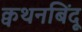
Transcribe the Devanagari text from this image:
क्वथनबिंदू